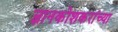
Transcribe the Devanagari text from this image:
ज्ञानकोशकरांच्या